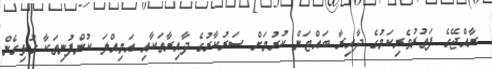
ރާއްޖޭގެ ފަތުރުވެރިކަމުގެ ދާއިރާ ބައްޓަން ކުރުމަށް ސަރުކާރުގެ ދާއިރާތަކާއި އަމިއްލަ ކުންފުނިތަކާ ގުޅިގެން